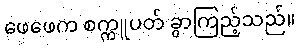
ဖေဖေက စက္ကူပတ် ခွာကြည့်သည်။